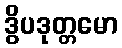
ဒွိပဒုတ္တမော